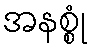
အနစ္စုံ